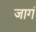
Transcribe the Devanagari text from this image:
जागं